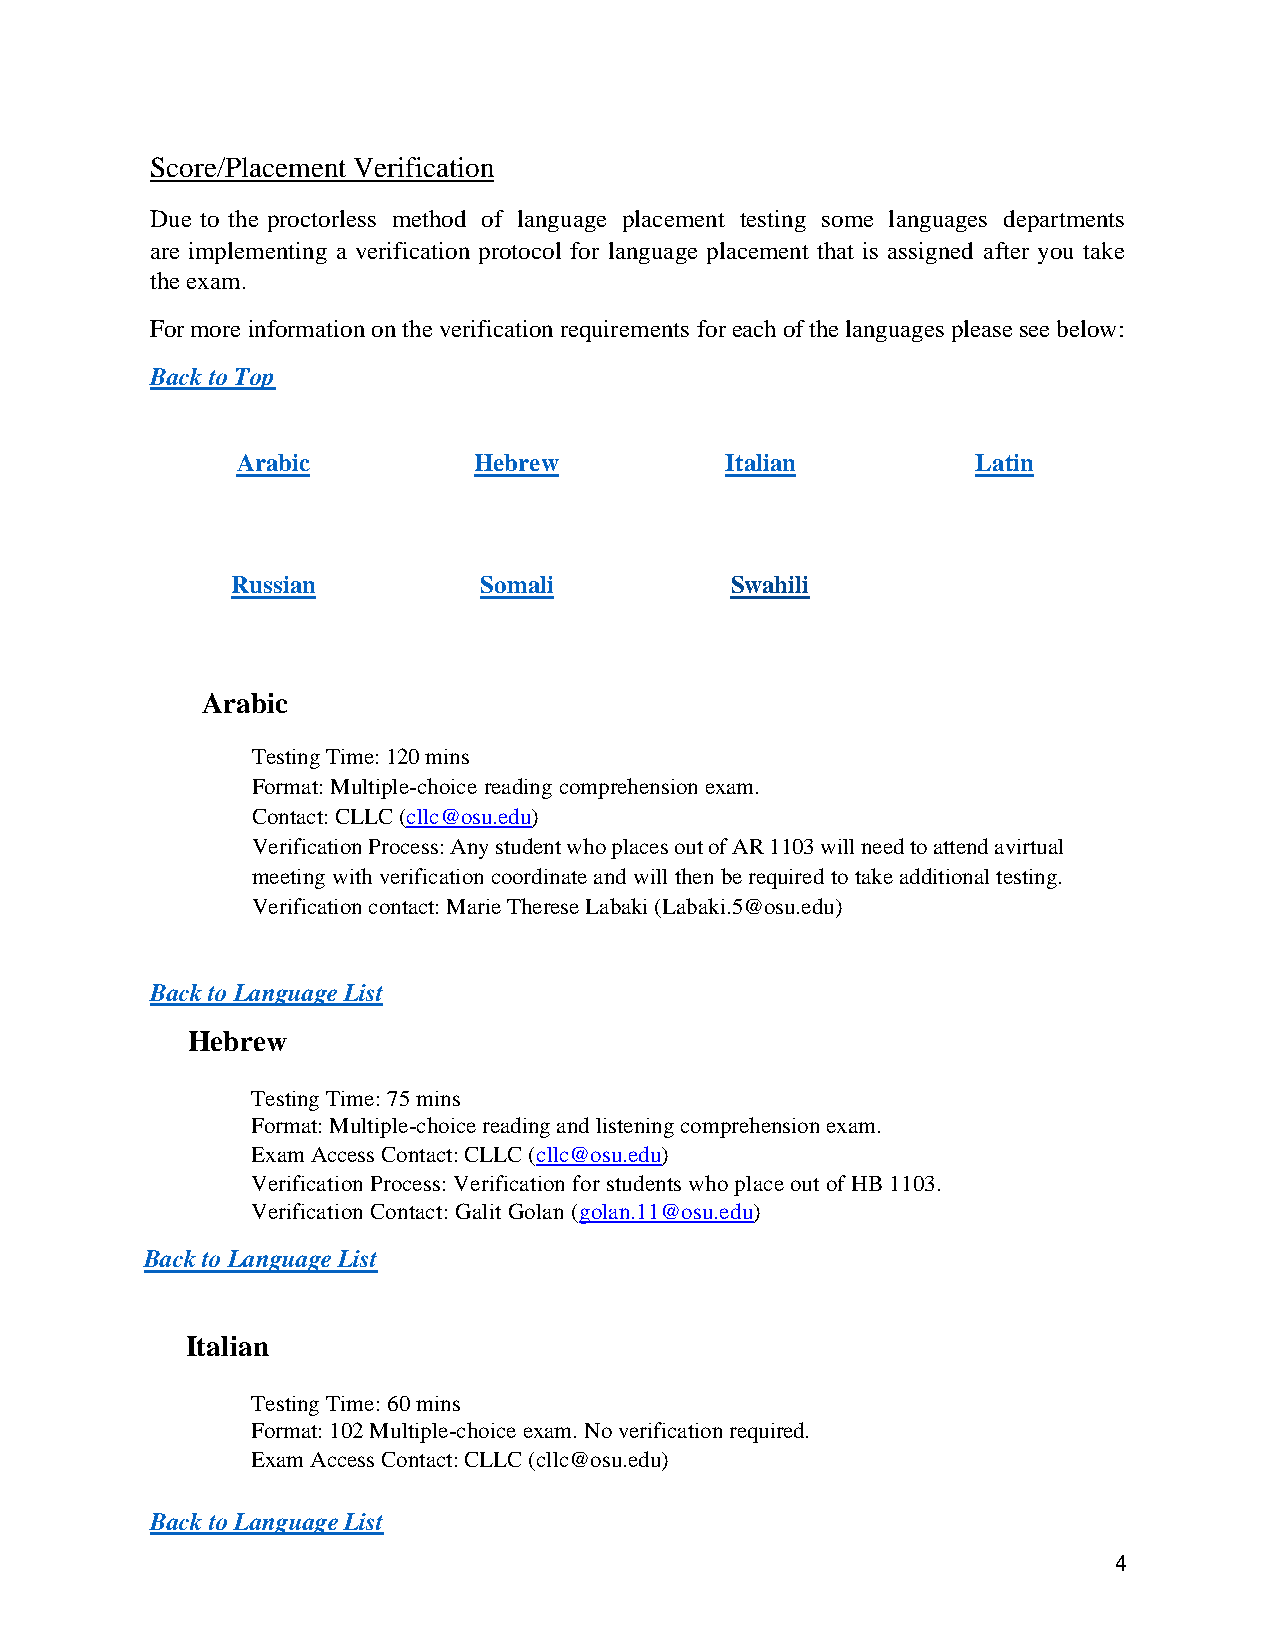
Score/Placement Verification
 Due to the proctorless method of language placement testing some languages departments
 are implementing a verification protocol for language placement that is assigned after you take
 the exam.
 For more information on the verification requirements for each of the languages please see below:
 Back to Top
 Arabic         Hebrew           Italian          Latin
 Russian          Somali          Swahili
 Arabic
 Testing Time: 120 mins
 Format: Multiple-choice reading comprehension exam.
 Contact: CLLC (cllc@osu.edu)
 Verification Process: Any student who places out of AR 1103 will need to attend a virtual
 meeting with verification coordinate and will then be required to take additional testing.
 Verification contact: Marie Therese Labaki (Labaki.5@osu.edu)
 Back to Language List
 Hebrew
 Testing Time: 75 mins
 Format: Multiple-choice reading and listening comprehension exam.
 Exam Access Contact: CLLC (cllc@osu.edu)
 Verification Process: Verification for students who place out of HB 1103.
 Verification Contact: Galit Golan (golan.11@osu.edu)
 Back to Language List
 Italian
 Testing Time: 60 mins
 Format: 102 Multiple-choice exam. No verification required.
 Exam Access Contact: CLLC (cllc@osu.edu)
 Back to Language List
 4